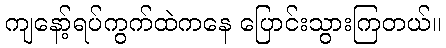
ကျနော့်ရပ်ကွက်ထဲကနေ ပြောင်းသွားကြတယ်။